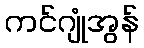
ကင်ဂျုံအွန်